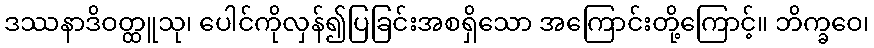
ဒဿနာဒိဝတ္ထူသု၊ ပေါင်ကိုလှန်၍ပြခြင်းအစရှိသော အကြောင်းတို့ကြောင့်။ ဘိက္ခဝေ၊